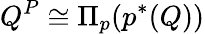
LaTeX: Q^{P}\cong\Pi_{p}(p^{*}(Q))